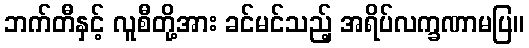
ဘက်တီနှင့် လူစီတို့အား ခင်မင်သည့် အရိပ်လက္ခဏာမပြ။